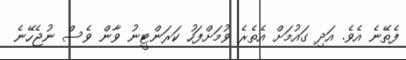
ފެތޭނެ އެވެ. އަދި ގައުމަށް އެތެރެ ވުމަށްފަހު ކަރަންޓީނު ވާން ވެސް ނުޖެހޭނެ